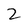
Character: 2